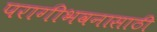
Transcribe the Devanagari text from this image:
परागीभवनासाठी